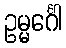
ဥမ္မင်္ဂေါ